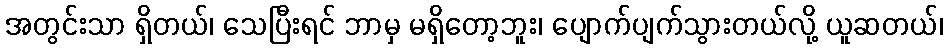
အတွင်းသာ ရှိတယ်၊ သေပြီးရင် ဘာမှ မရှိတော့ဘူး၊ ပျောက်ပျက်သွားတယ်လို့ ယူဆတယ်၊